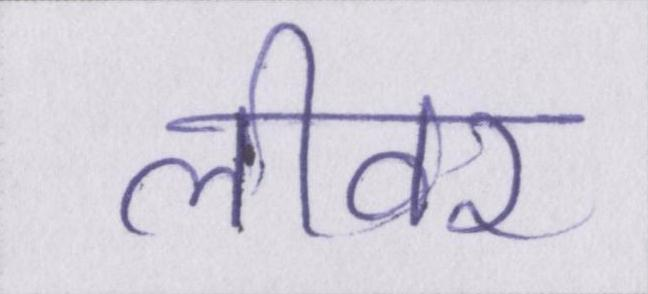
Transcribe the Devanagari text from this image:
लीवर